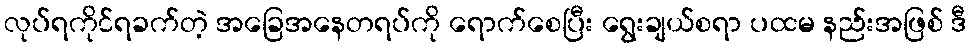
လုပ်ရကိုင်ရခက်တဲ့ အခြေအနေတရပ်ကို ရောက်စေပြီး ရွေးချယ်စရာ ပထမ နည်းအဖြစ် ဒီ